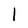
Character: l